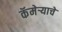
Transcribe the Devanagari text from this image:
कॅमेर्‍याचे